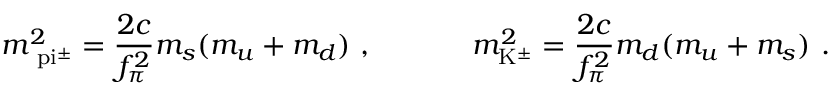
m _ { \mathrm { \ p i ^ { \pm } } } ^ { 2 } = \frac { 2 c } { f _ { \pi } ^ { 2 } } m _ { s } ( m _ { u } + m _ { d } ) \ , \ \ \ \ \ \ \ \ \ \ m _ { \mathrm { K ^ { \pm } } } ^ { 2 } = \frac { 2 c } { f _ { \pi } ^ { 2 } } m _ { d } ( m _ { u } + m _ { s } ) \ .